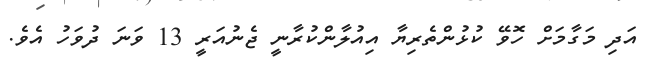
އަދި މަގާމަށް ހޮވޭ ކުޅުންތެރިޔާ އިއުލާންކުރާނީ ޖެނުއަރީ 13 ވަނަ ދުވަހު އެވެ.